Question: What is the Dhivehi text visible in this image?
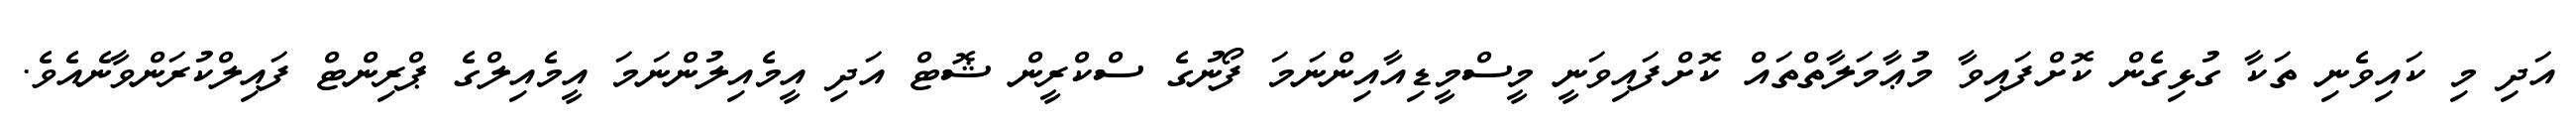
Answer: އަދި މި ކައިވެނި ތަކާ ގުޅިގެން ކޮށްފައިވާ މުޢާމަލާތްތައް ކޮށްފައިވަނީ މީސްމީޑިއާއިންނަމަ ފޯނުގެ ސްކްރީން ޝޮޓް އަދި އީމެއިލުންނަމަ އީމެއިލްގެ ޕްރިންޓް ފައިލްކުރަންވާނެއެވެ.